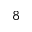
8